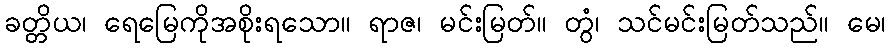
ခတ္တိယ၊ ရေမြေကိုအစိုးရသော။ ရာဇ၊ မင်းမြတ်။ တွံ၊ သင်မင်းမြတ်သည်။ မေ၊